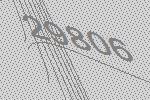
29806